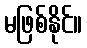
မဖြစ်နိုင်။